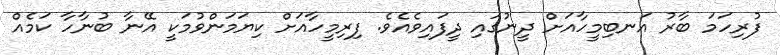
ފުރިހަމަ ބާރު އަނބިމީހާއަށް ދީނުގައި ދީފައިވެއެވެ. ފިރިމީހާއަށް ކިޔަމަންވުމަކީ އޭނާ ބުނާހާ ކަމެއް